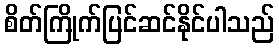
စိတ်ကြိုက်ပြင်ဆင်နိုင်ပါသည်